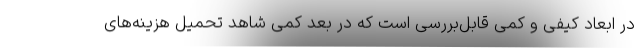
در ابعاد کیفی و کمی قابل‌بررسی است که در بعد کمی شاهد تحمیل هزینه‌های